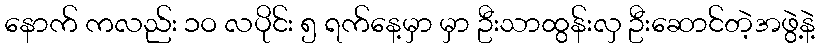
နောက် ကလည်း ၁ဝ လပိုင်း ၅ ရက်နေ့မှာ မှာ ဦးသာထွန်းလှ ဦးဆောင်တဲ့အဖွဲ့နဲ့